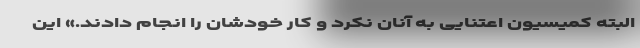
البته کمیسیون اعتنایی به آنان نکرد و کار خودشان را انجام دادند.» این